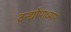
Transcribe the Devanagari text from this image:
वन्द्योपाध्याय